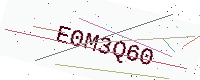
Text: E0M3Q60